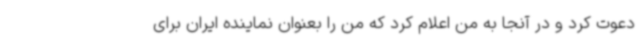
دعوت کرد و در آنجا به من اعلام کرد که من را بعنوان نماینده ایران برای